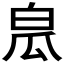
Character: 𤽡